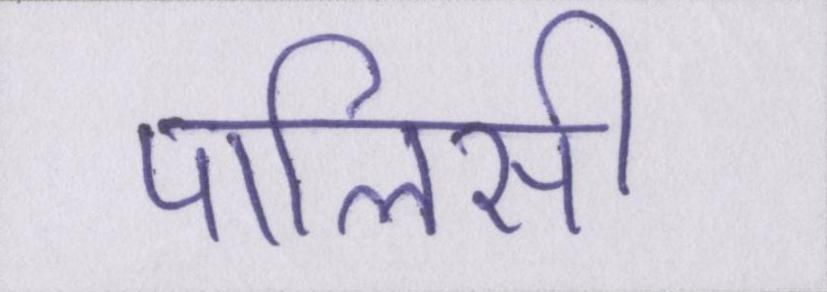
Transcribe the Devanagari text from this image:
पालिसी